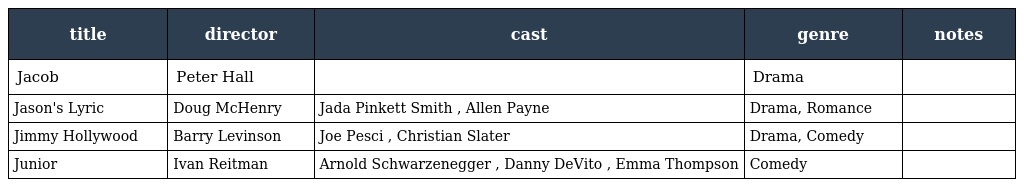
| title | director | cast | genre | notes |
 | --- | --- | --- | --- | --- |
 | Jacob | Peter Hall |  | Drama |  |
 | Jason's Lyric | Doug McHenry | Jada Pinkett Smith , Allen Payne | Drama, Romance |  |
 | Jimmy Hollywood | Barry Levinson | Joe Pesci , Christian Slater | Drama, Comedy |  |
 | Junior | Ivan Reitman | Arnold Schwarzenegger , Danny DeVito , Emma Thompson | Comedy |  |